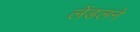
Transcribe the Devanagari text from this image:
लेंडलने